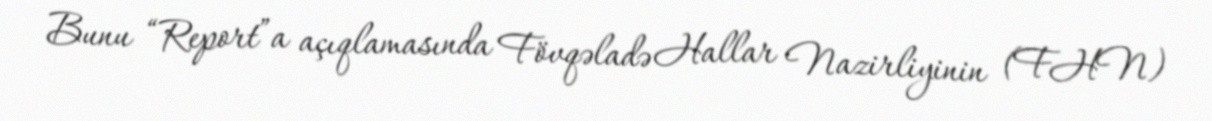
Bunu “Report”a açıqlamasında Fövqəladə Hallar Nazirliyinin (FHN)